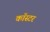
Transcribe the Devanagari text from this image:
कॉस्टर